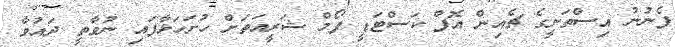
ފެނުނު އިސްތަށީގެ ޗެއިން އޮފް ކަސްޓަޑީ ފޯމް ޝަރީއަތަށް ހުށަހަޅާފައި ނުވާތީ ދައުވާ